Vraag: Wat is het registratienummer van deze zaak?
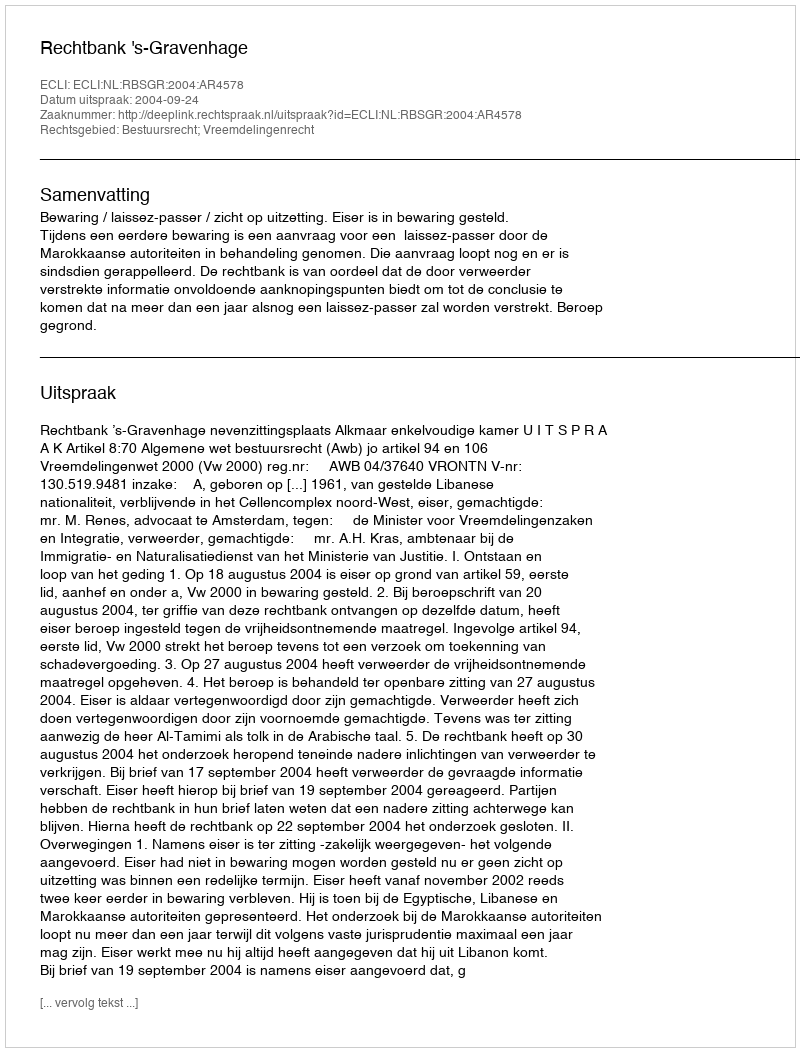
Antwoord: http://deeplink.rechtspraak.nl/uitspraak?id=ECLI:NL:RBSGR:2004:AR4578